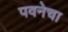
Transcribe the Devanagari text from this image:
पवनेचा